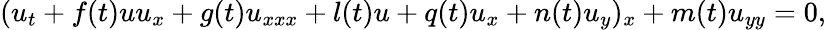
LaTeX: (u_{t}+f(t)uu_{x}+g(t)u_{xxx}+l(t)u+q(t)u_{x}+n(t)u_{y})_{x}+m(t)u_{yy}=0,